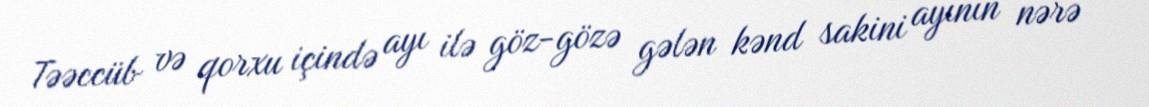
Təəccüb və qorxu içində ayı ilə göz-gözə gələn kənd sakini ayının nərə